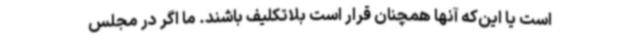
است یا این‌که آنها همچنان قرار است بلاتکلیف باشند. ما اگر در مجلس